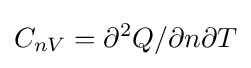
C_{nV}=\partial ^{2}Q/\partial n\partial T